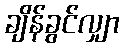
ချိန်ခွင်လျှာ